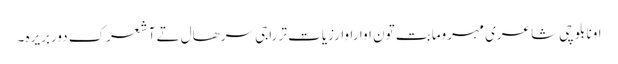
اونا بلوچی شاعری مہرومابت تون اواراوارزیات تر راجی سرھال تے آ شعرک دوربریرہ ۔